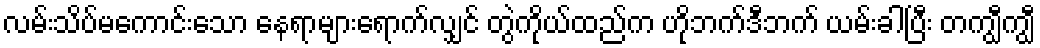
လမ်းသိပ်မကောင်းသော နေရာများရောက်လျှင် တွဲကိုယ်ထည်က ဟိုဘက်ဒီဘက် ယမ်းခါပြီး တကျွီကျွီ